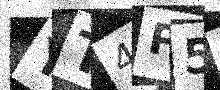
Text: YT4P5F